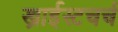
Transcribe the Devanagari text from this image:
ख्राईस्टचर्च